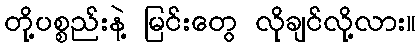
တို့ပစ္စည်းနဲ့ မြင်းတွေ လိုချင်လို့လား။